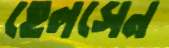
হেলসেন